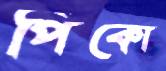
পিকো